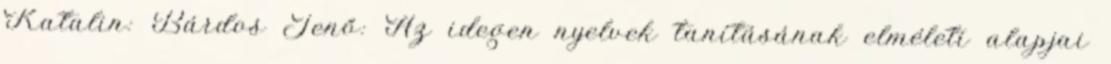
Katalin: Bárdos Jenő: Az idegen nyelvek tanításának elméleti alapjai